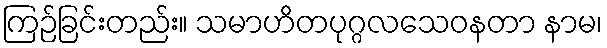
ကြဉ်ခြင်းတည်း။ သမာဟိတပုဂ္ဂလသေဝနတာ နာမ၊